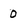
Character: 0